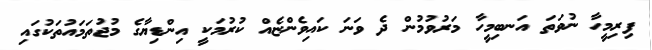
ފިރިމީހާ ނުވަތަ އަނބިމީހާ މަރުވުމުން ދެ ވަނަ ކައިވެންޏެއް ކުރުމަކީ އިންޑިޔާގެ މުޖުތަމައުތަކުގައި